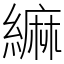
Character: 䌕